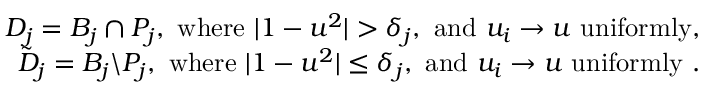
\begin{array} { r l r } & { } & { D _ { j } = B _ { j } \cap P _ { j } , \mathrm { ~ w h e r e ~ } | 1 - u ^ { 2 } | > \delta _ { j } , \mathrm { ~ a n d ~ } u _ { i } \rightarrow u \mathrm { ~ u n i f o r m l y } , } \\ & { } & { \tilde { D } _ { j } = B _ { j } \backslash P _ { j } , \mathrm { ~ w h e r e ~ } | 1 - u ^ { 2 } | \leq \delta _ { j } , \mathrm { ~ a n d ~ } u _ { i } \rightarrow u \mathrm { ~ u n i f o r m l y ~ } . } \end{array}